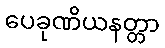
ပေခုဏိယနတ္တာ